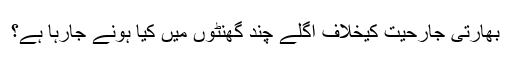
بھارتی جارحیت کیخلاف اگلے چند گھنٹوں میں کیا ہونے جارہا ہے؟